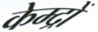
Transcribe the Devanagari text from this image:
केम्द्रों